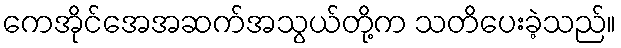
ကေအိုင်အေအဆက်အသွယ်တို့က သတိပေးခဲ့သည်။